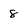
Character: 8